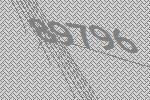
89796